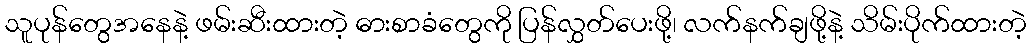
သူပုန်တွေအနေနဲ့ ဖမ်းဆီးထားတဲ့ ဓားစာခံတွေကို ပြန်လွှတ်ပေးဖို့၊ လက်နက်ချဖို့နဲ့ သိမ်းပိုက်ထားတဲ့